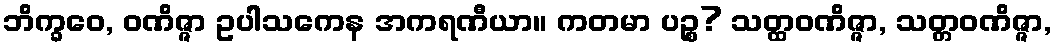
ဘိက္ခဝေ, ဝဏိဇ္ဇာ ဥပါသကေန အကရဏီယာ။ ကတမာ ပဉ္စ? သတ္ထဝဏိဇ္ဇာ, သတ္တဝဏိဇ္ဇာ,